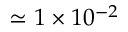
\simeq 1 \times 1 0 ^ { - 2 }